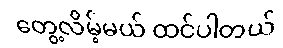
တွေ့လိမ့်မယ် ထင်ပါတယ်